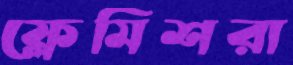
ফ্লেমিশরা